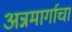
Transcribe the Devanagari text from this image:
अन्नमार्गाचा